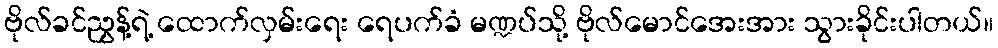
ဗိုလ်ခင်ညွှန့်ရဲ့ ထောက်လှမ်းရေး ရေပက်ခံ မဏ္ဍပ်သို့ ဗိုလ်မောင်အေးအား သွားခိုင်းပါတယ်။